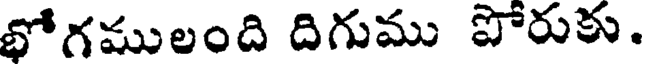
భోగములంది దిగుము పోరుకు.